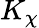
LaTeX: K_{\chi}